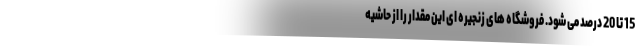
15 تا 20 درصد می شود. فروشگاه های زنجیره ای این مقدار را از حاشیه